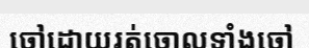
ចៅដោយរត់ចោលទាំងចៅ